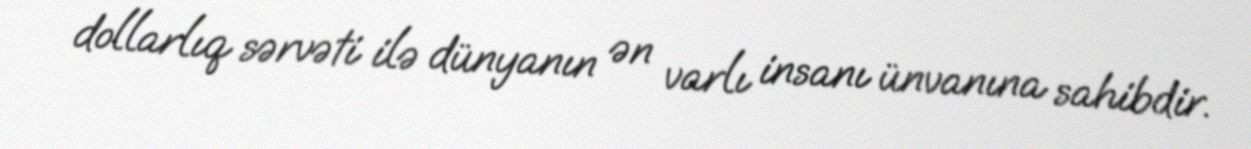
dollarlıq sərvəti ilə dünyanın ən varlı insanı ünvanına sahibdir.